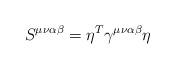
LaTeX: \begin{align*}S^{\mu\nu\alpha\beta}=\eta^{T}\gamma^{\mu\nu\alpha\beta}\eta\end{align*}